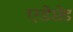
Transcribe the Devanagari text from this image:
एडेप्टेड